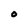
Character: O